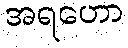
အရဟော